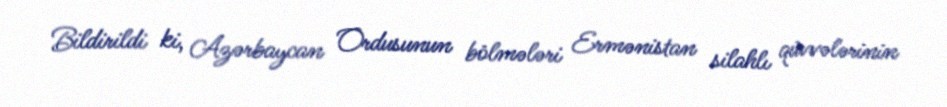
Bildirildi ki, Azərbaycan Ordusunun bölmələri Ermənistan silahlı qüvvələrinin